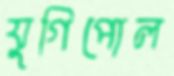
যুগিপোল